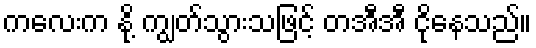
ကလေးက နို့ ကျွတ်သွားသဖြင့် တအီအီ ငိုနေသည်။